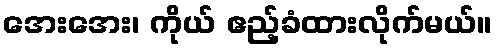
အေးအေး၊ ကိုယ် ဧည့်ခံထားလိုက်မယ်။